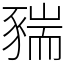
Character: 䝎